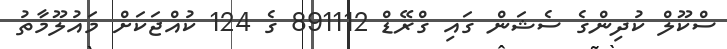
ސްކޫލް ކުދިންގެ ސެޝަން ގައި ގްރޭޑް 891112 ގެ 124 ކުއްޖަކަށް މައުލޫމާތު